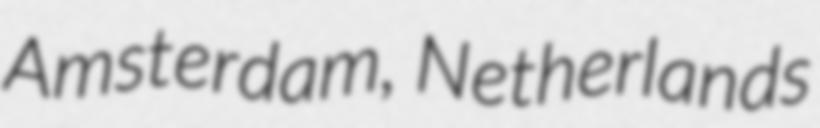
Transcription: Amsterdam, Netherlands